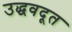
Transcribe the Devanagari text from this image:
उद्धवदूत